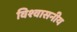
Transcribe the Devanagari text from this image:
विश्‍वासनीय